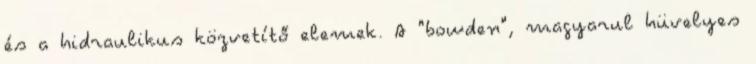
és a hidraulikus közvetítő elemek. A "bowden", magyarul hüvelyes